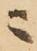
ニ